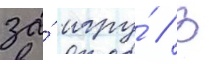
за́ игру́ // В